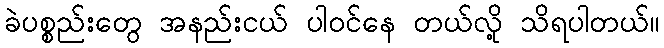
ခဲပစ္စည်းတွေ အနည်းငယ် ပါဝင်နေ တယ်လို့ သိရပါတယ်။